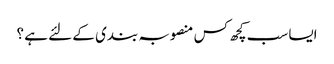
ایسا سب کچھ کس منصوبہ بندی کے لئے ہے ؟